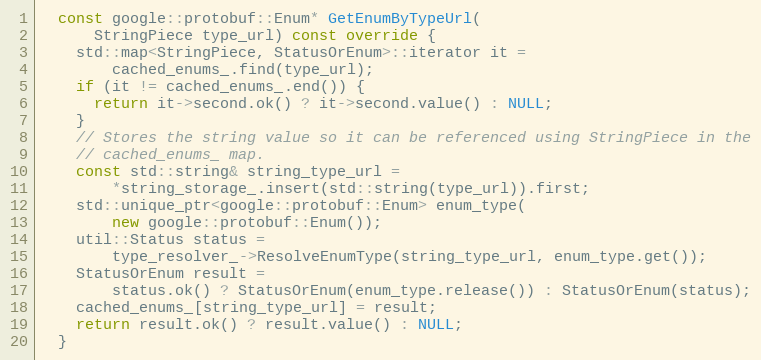
Language: C++
  const google::protobuf::Enum* GetEnumByTypeUrl(
      StringPiece type_url) const override {
    std::map<StringPiece, StatusOrEnum>::iterator it =
        cached_enums_.find(type_url);
    if (it != cached_enums_.end()) {
      return it->second.ok() ? it->second.value() : NULL;
    }
    // Stores the string value so it can be referenced using StringPiece in the
    // cached_enums_ map.
    const std::string& string_type_url =
        *string_storage_.insert(std::string(type_url)).first;
    std::unique_ptr<google::protobuf::Enum> enum_type(
        new google::protobuf::Enum());
    util::Status status =
        type_resolver_->ResolveEnumType(string_type_url, enum_type.get());
    StatusOrEnum result =
        status.ok() ? StatusOrEnum(enum_type.release()) : StatusOrEnum(status);
    cached_enums_[string_type_url] = result;
    return result.ok() ? result.value() : NULL;
  }